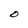
Character: O